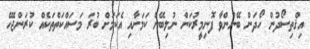
އިޤްތިސޯދުން ހޯދަން ބޭނުންވާ ފޮނިމީރުކަން ނުލިބޭނެ ކަމަށާއި އެކަމަށް ބުރަ މަސައްކަތްތަކެއް ކުރަންޖެހޭ